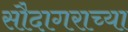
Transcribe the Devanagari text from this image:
सौदागराच्या